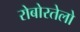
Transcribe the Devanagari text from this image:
रोबोरतेलो